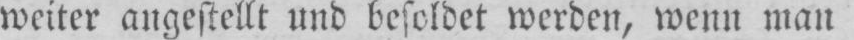
weiter angestellt und besoldet werden, wenn man